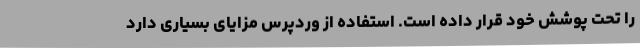
را تحت پوشش خود قرار داده است. استفاده از وردپرس مزایای بسیاری دارد